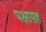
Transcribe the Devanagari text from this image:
पक्षासह